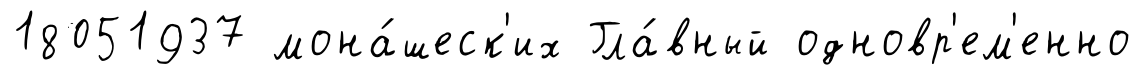
18051937 мона́шеск'их Гла́вный одновр'ем'енно